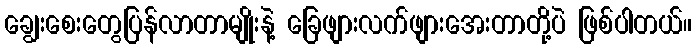
ချွေးစေးတွေပြန်လာတာမျိုးနဲ့ ခြေဖျားလက်ဖျားအေးတာတို့ပဲ ဖြစ်ပါတယ်။